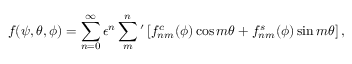
f ( \psi , \theta , \phi ) = \sum _ { n = 0 } ^ { \infty } \epsilon ^ { n } \sum _ { m } ^ { n } { } ^ { \prime } \left[ f _ { n m } ^ { c } ( \phi ) \cos m \theta + f _ { n m } ^ { s } ( \phi ) \sin m \theta \right] ,